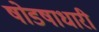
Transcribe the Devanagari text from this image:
षोडषाधारी